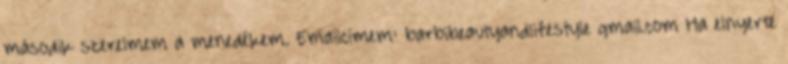
második szerelmem a menedékem. Emailcímem: barbibeautyandlifestyle gmail.com Ha elnyerte